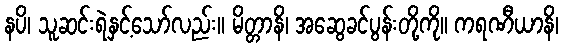
နပိ၊ သူဆင်းရဲနှင့်သော်လည်း။ မိတ္တာနိ၊ အဆွေခင်ပွန်းတို့ကို။ ကရဏီယာနိ၊